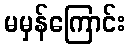
မမှန်ကြောင်း